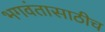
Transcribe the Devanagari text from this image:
भगवंतासाठीच